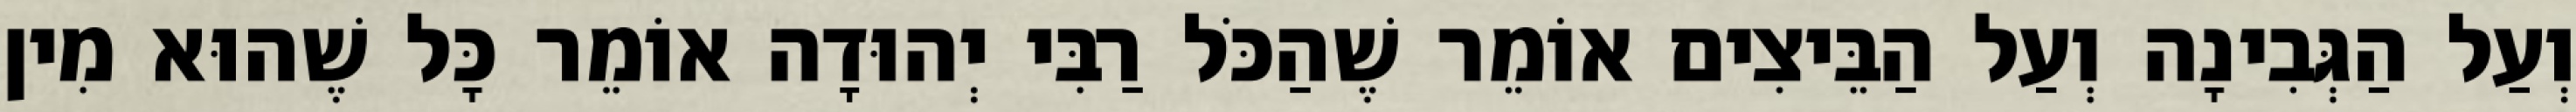
וְעַל הַגְּבִינָה וְעַל הַבֵּיצִים אוֹמֵר שֶׁהַכֹּל רַבִּי יְהוּדָה אוֹמֵר כָּל שֶׁהוּא מִין